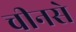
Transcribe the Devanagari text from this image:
चीनसे